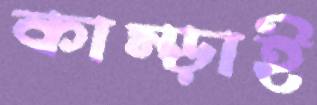
কাম্‌ড়াই